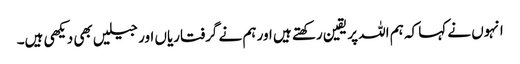
انہوں نے کہا کہ ہم اللہ پر یقین رکھتے ہیں اور ہم نے گرفتاریاں اور جیلیں بھی دیکھی ہیں۔